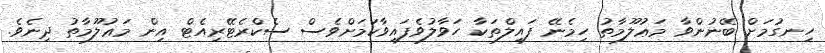
ހިނގުމަށް ބޭނުންވާ މަޢުލޫމާތު ހިމެނޭ ފައިލްތަކާ ހަވާލުވެފައިވާކަމަށްވެސް ސެކްރެޓޭރިއެޓް އިން މަޢުލޫމާތު ދިނެވެ.